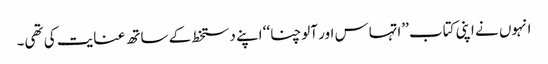
انہوں نے اپنی کتاب ’’اتہاس اور آلوچنا‘‘ اپنے دستخط کے ساتھ عنایت کی تھی۔